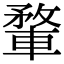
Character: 𨍎